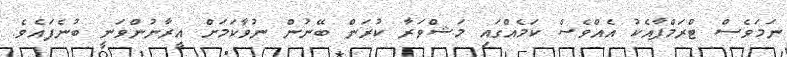
ނަމަވެސް ޓްރަމްޕާއެކު އެއްވެސް ކަމެއްގައި މަޝްވަރާ ކުރަން ބޭނުން ނުވާކަމަށް އީރާނުންވަނީ ބުނެފައެވެ.